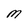
Character: M